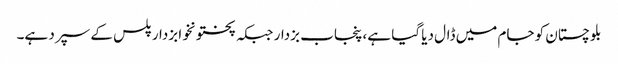
بلوچستان کو جام میں ڈال دیا گیا ہے، پنجاب بزدار جبکہ پختونخوا بزدار پلس کے سپرد ہے۔